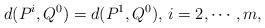
LaTeX: \begin{align*}d(P^i,Q^0)=d(P^1,Q^0),\,i=2,\cdots,m,\end{align*}